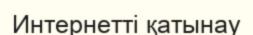
Интернетті қатынау